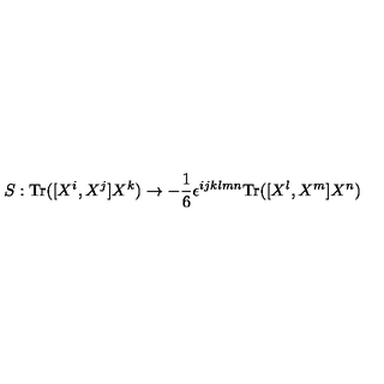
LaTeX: S : \mathrm { T r } ( [ X ^ { i } , X ^ { j } ] X ^ { k } ) \rightarrow - { \frac { 1 } { 6 } } \epsilon ^ { i j k l m n } \mathrm { T r } ( [ X ^ { l } , X ^ { m } ] X ^ { n } )